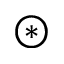
\circledast